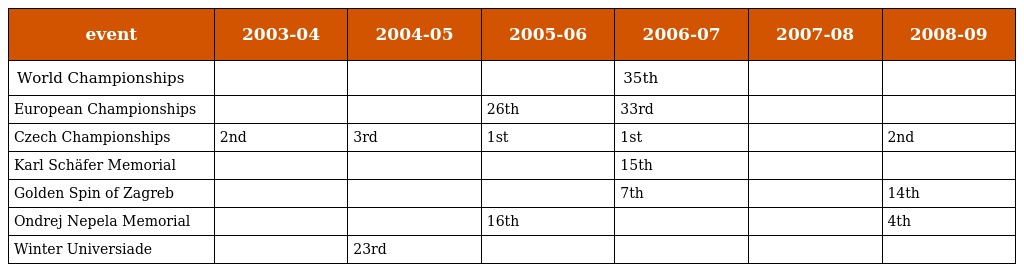
| event | 2003-04 | 2004-05 | 2005-06 | 2006-07 | 2007-08 | 2008-09 |
 | --- | --- | --- | --- | --- | --- | --- |
 | World Championships |  |  |  | 35th |  |  |
 | European Championships |  |  | 26th | 33rd |  |  |
 | Czech Championships | 2nd | 3rd | 1st | 1st |  | 2nd |
 | Karl Schäfer Memorial |  |  |  | 15th |  |  |
 | Golden Spin of Zagreb |  |  |  | 7th |  | 14th |
 | Ondrej Nepela Memorial |  |  | 16th |  |  | 4th |
 | Winter Universiade |  | 23rd |  |  |  |  |